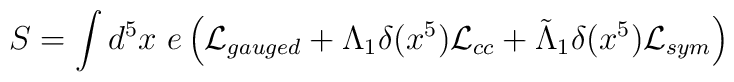
S=\int d^5x~e\left({\cal L}_{gauged}+\Lambda_1\delta(x^5){\cal L}_{cc}+\tilde{\Lambda}_1\delta(x^5){\cal L}_{sym}\right)